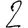
Digit: 2